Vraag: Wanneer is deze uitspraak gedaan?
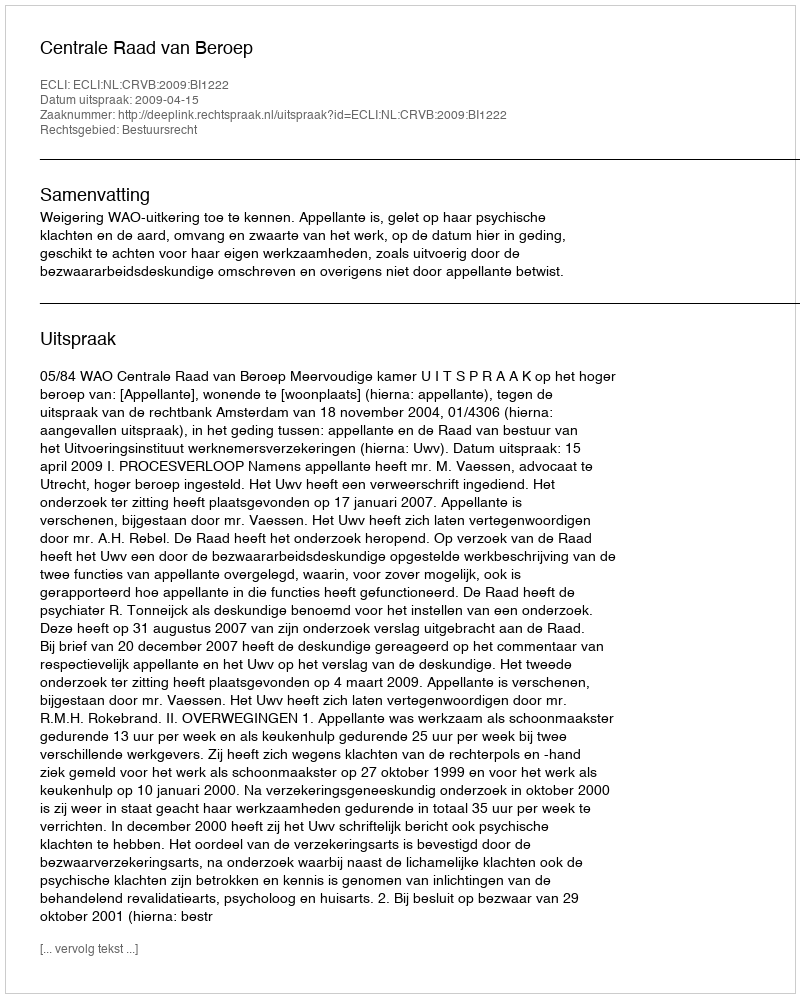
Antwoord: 2009-04-15